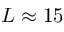
L \approx 1 5